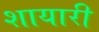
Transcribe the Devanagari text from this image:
शायारी